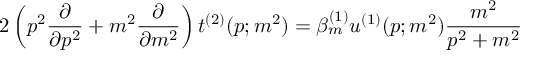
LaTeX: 2 \left( p ^ { 2 } \frac { \partial } { \partial p ^ { 2 } } + m ^ { 2 } \frac { \partial } { \partial m ^ { 2 } } \right) t ^ { ( 2 ) } ( p ; m ^ { 2 } ) = \beta _ { m } ^ { ( 1 ) } u ^ { ( 1 ) } ( p ; m ^ { 2 } ) \frac { m ^ { 2 } } { p ^ { 2 } + m ^ { 2 } }